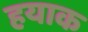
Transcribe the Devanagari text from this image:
हयाक